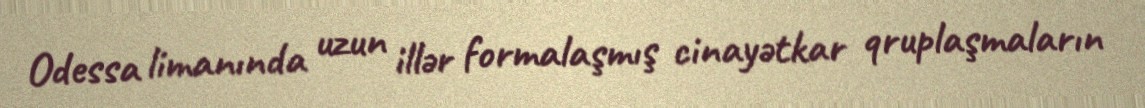
Odessa limanında uzun illər formalaşmış cinayətkar qruplaşmaların